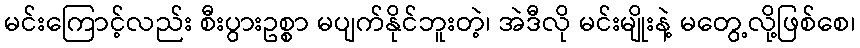
မင်းကြောင့်လည်း စီးပွားဥစ္စာ မပျက်နိုင်ဘူးတဲ့၊ အဲဒီလို မင်းမျိုးနဲ့ မတွေ့လို့ဖြစ်စေ၊